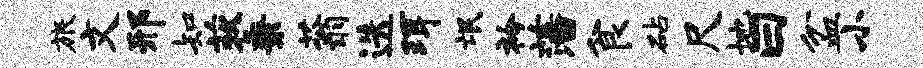
旅文邢知荻秉蓊迭珥氓衿藩食砧尺地曰盆小